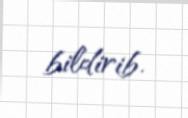
bildirib.